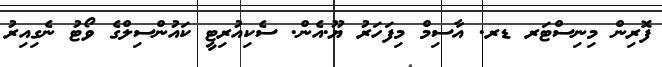
ފޮރިން މިނިސްޓަރ ޑރ. އާސިމް މިފަހަރު ޔޫ.އެން. ސެކިއުރިޓީ ކައުންސިލްގެ ވޯޓު ނެގިއިރު